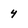
Character: 4